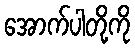
အောက်ပါတို့ကို